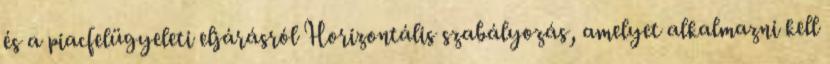
és a piacfelügyeleti eljárásról Horizontális szabályozás, amelyet alkalmazni kell